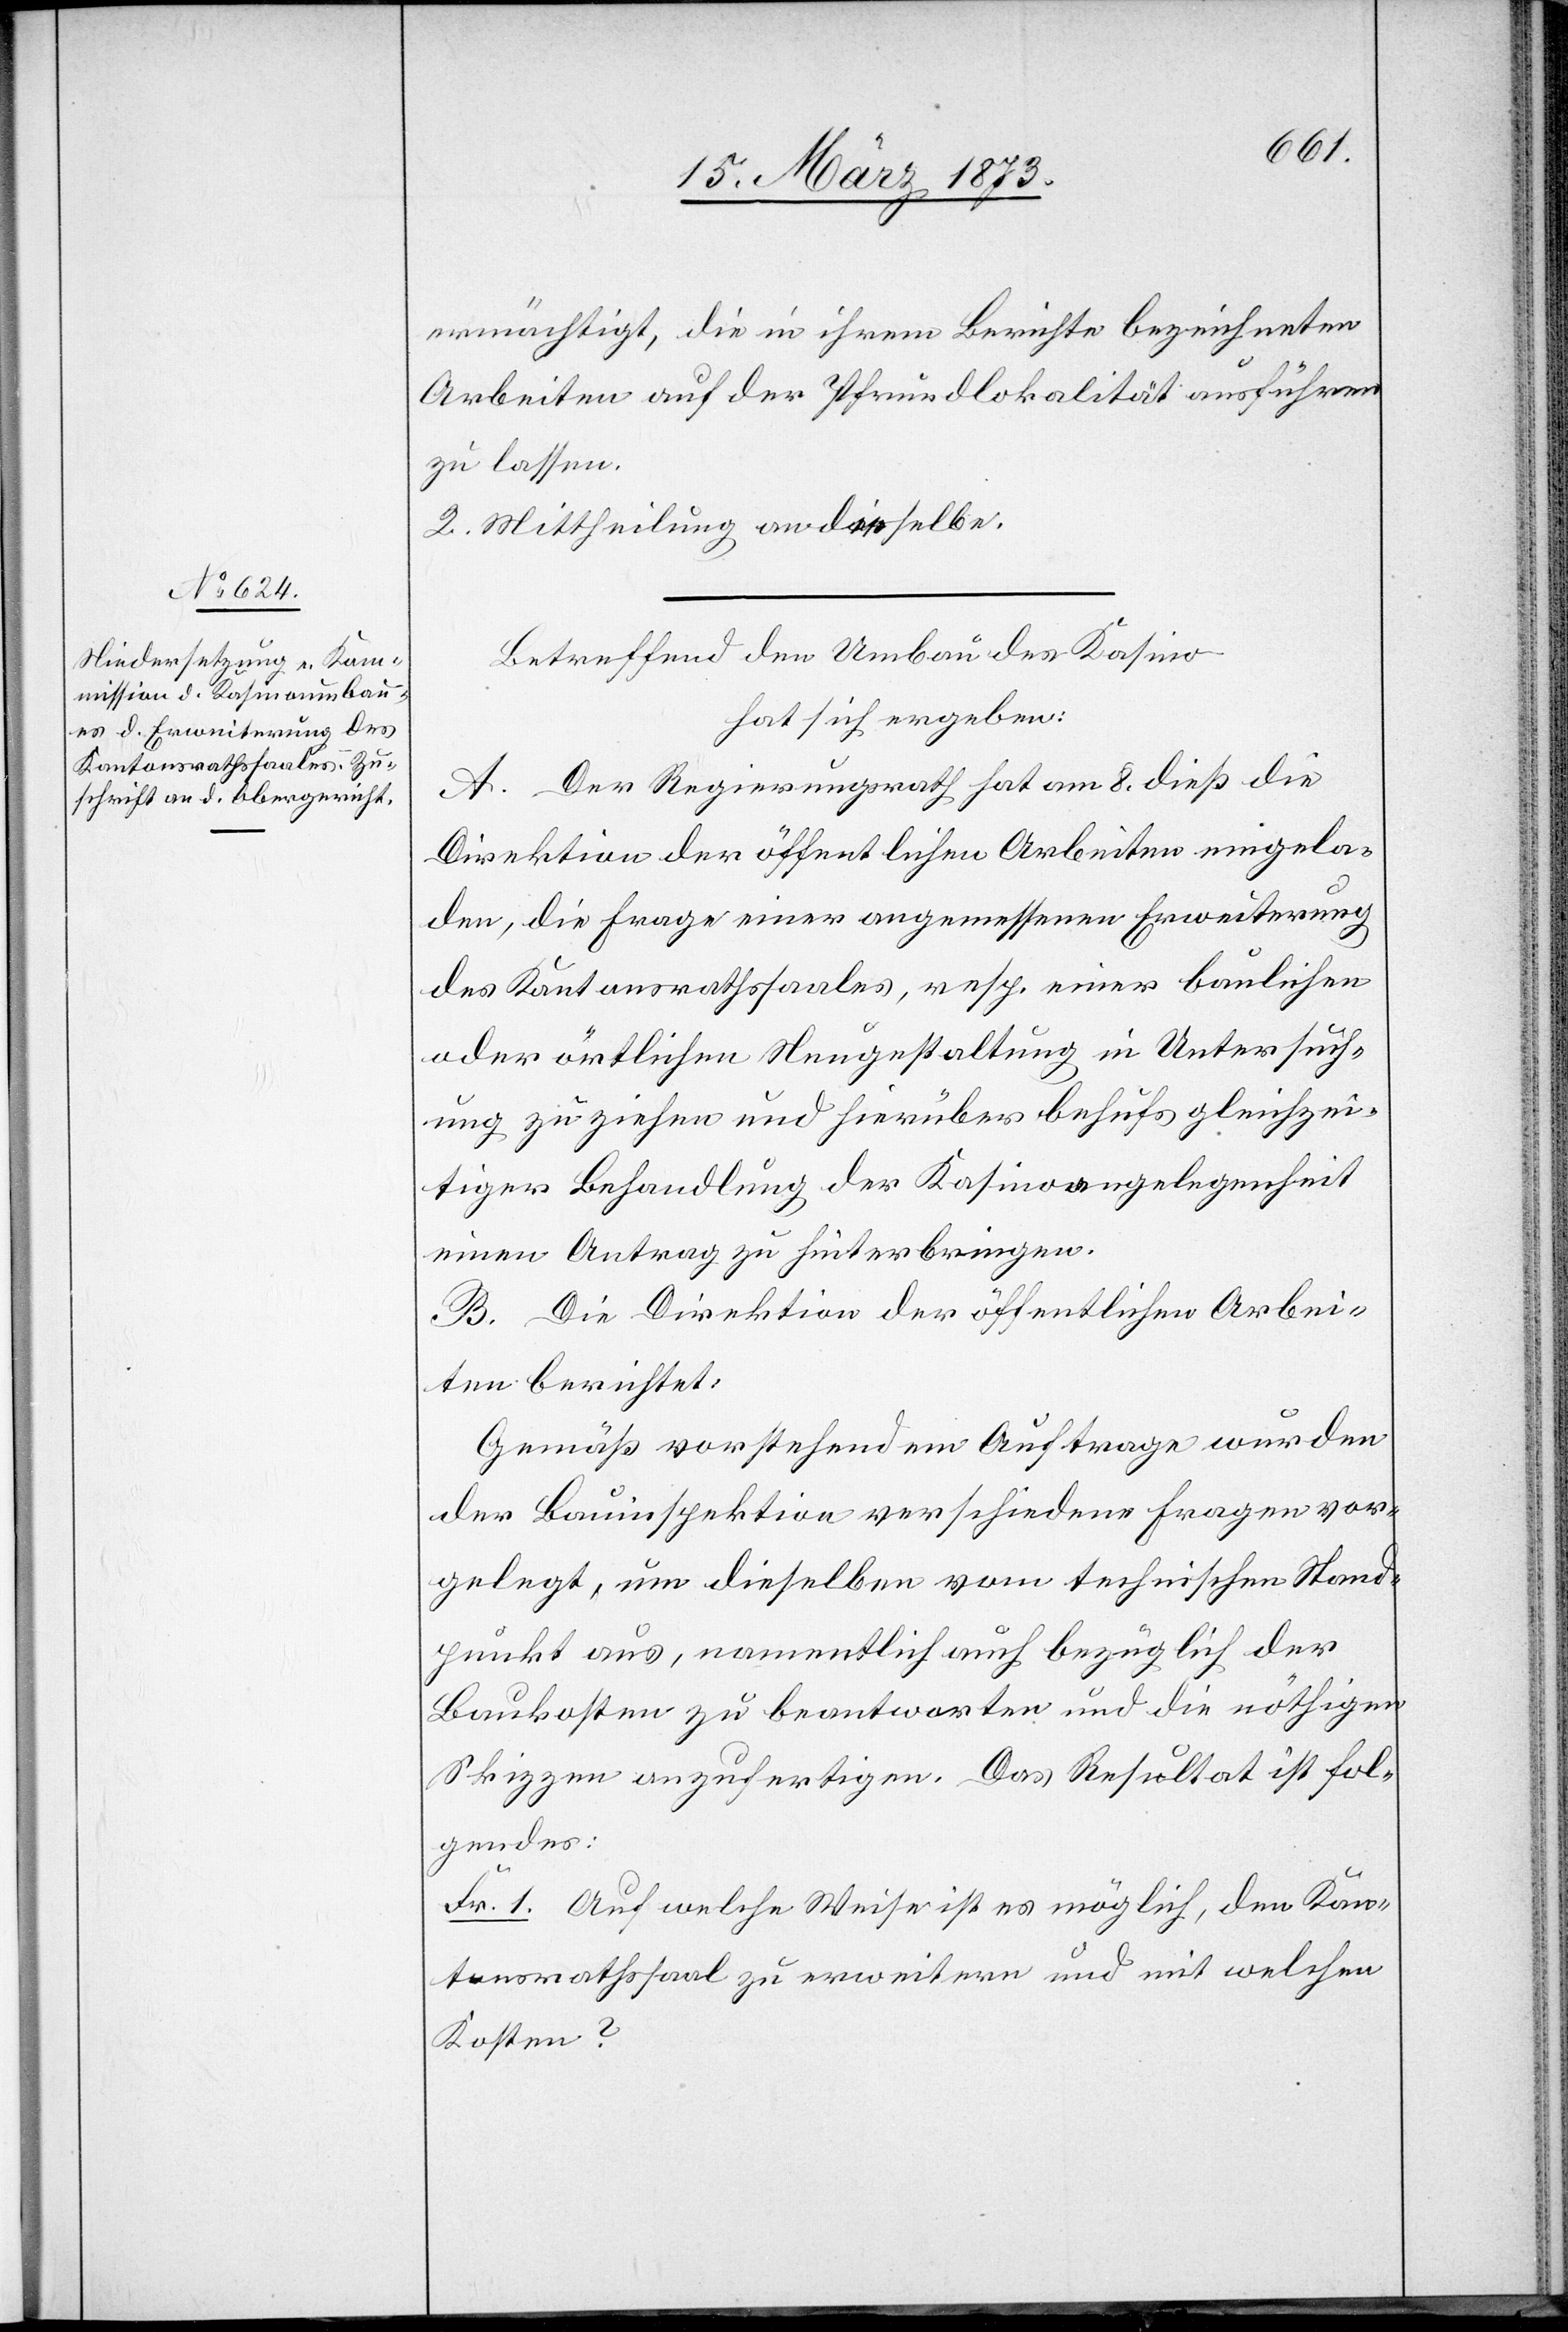
ermächtigt, die in ihrem Berichte bezeichneten
Arbeiten auf der Pfundlokalität ausführen
zu lassen.
2. Mittheilung an dieselbe.
Betreffend den Umbau des Kasino
hat sich ergeben:
A. Der Regierungsrath hat am 8. dieß die
Direktion der öffentlichen Arbeiten eingela¬
den, die Frage einer angemessenen Erweiterung
des Kantonsrathssaales, resp. einer baulichen
oder örtlichen Neugestaltung in Untersuch¬
ung zu ziehen und hierüber behufs gleichzei¬
tiger Behandlung der Kasinoangelegenheit
einen Antrag zu hinterbringen.
B. Die Direktion der öffentlichen Arbei¬
ten berichtet:
Gemäß vorstehendem Auftrage wurden
der Bauinspektion verschiedene Fragen vor¬
gelegt, um dieselben vom technischen Stand¬
punkt aus, namentlich auch bezüglich der
Baukosten zu beantworten und die nöthigen
Skizzen anzufertigen. Das Resultat ist fol¬
gendes:
Fr. 1. Auf welche Weise ist es möglich, den Kan¬
tonsrathssaal zu erweitern und mit welchen
Kosten?